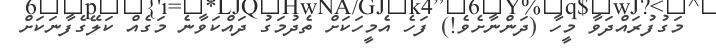
މަގުފުރައްދަވާ މީހާ (ދަންނާށެވެ!) ފަހެ އެމީހަކަށް ތެދުމަގު ދައްކަވާނެ މަގެއް ކަލޭގެފާނަކަށް